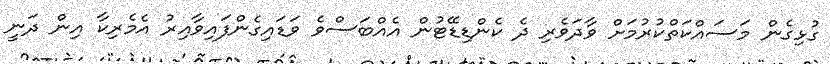
ގުޅިގެން މަސައްކަތްކުރުމަށް ވާދަވެރި ދެ ކެންޑިޑޭޓުން އެއްބަސްވެ ވަޑައިގެންފައިވާއިރު އެމެރިކާ އިން ދަނީ